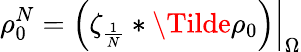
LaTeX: \rho_{0}^{N}=\left.\left(\zeta_{\frac{1}{N}}*\Tilde{\rho_{0}}\right)\right|_{\Omega}